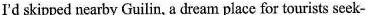
I'd skipped nearby Guilin, a dream place for tourists seek-